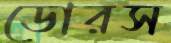
ডোরস